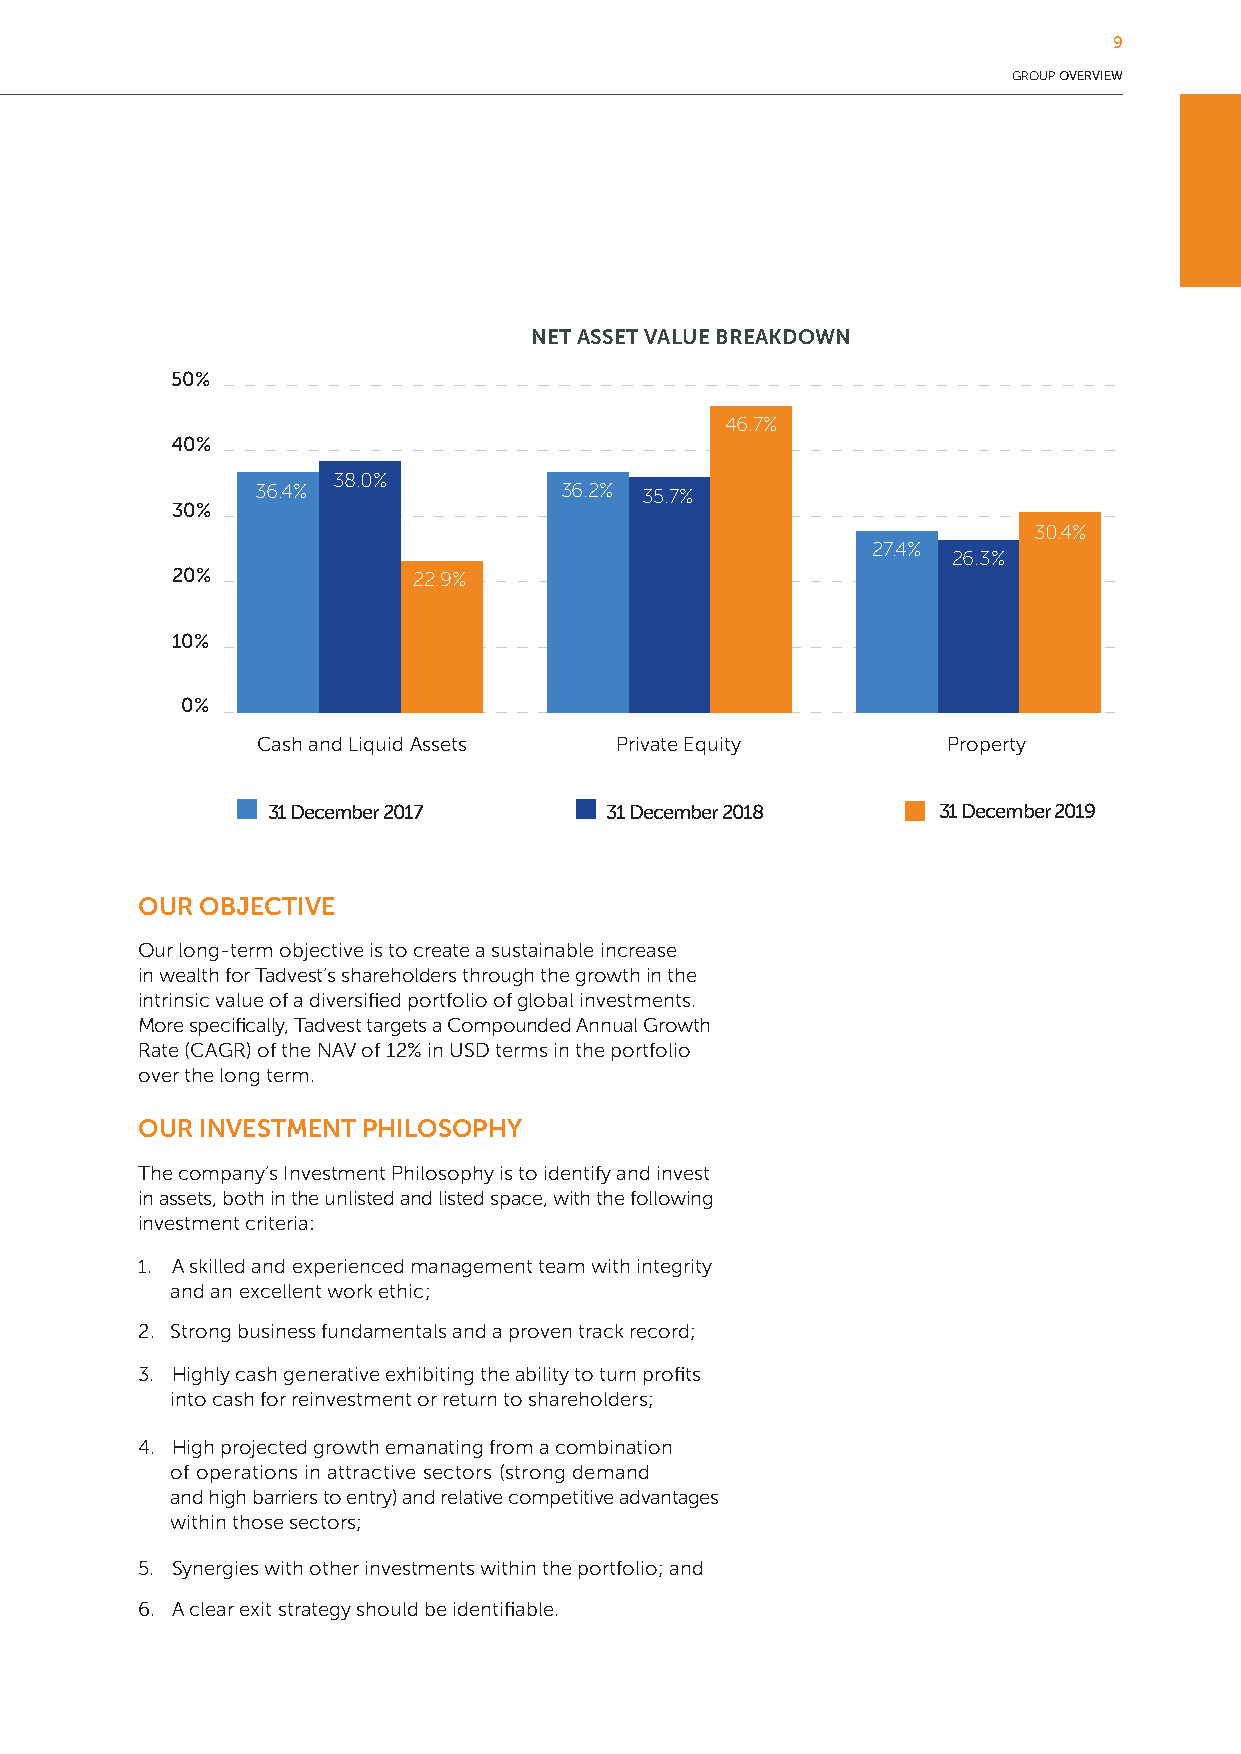
9
 GROUP OVERVIEW
 NET ASSET VALUE BREAKDOWN
 50%
 46.7%
 40%
 38.0%
 36.4%               36.2% 35.7%
 30%
 30.4%
 27.4%
 26.3%
 20%             22.9%
 10%
 0%
 Cash and Liquid Assets  Private Equity        Property
 31 December 2017      31 December 2018      31 December 2019
 OUR OBJECTIVE
 Our long-term objective is to create a sustainable increase
 in wealth for Tadvest’s shareholders through the growth in the
 intrinsic value of a diversified portfolio of global investments.
 More specifically, Tadvest targets a Compounded Annual Growth
 Rate (CAGR) of the NAV of 12% in USD terms in the portfolio
 over the long term.
 OUR INVESTMENT PHILOSOPHY
 The company’s Investment Philosophy is to identify and invest
 in assets, both in the unlisted and listed space, with the following
 investment criteria:
 1. A skilled and experienced management team with integrity
 and an excellent work ethic;
 2. Strong business fundamentals and a proven track record;
 3. Highly cash generative exhibiting the ability to turn profits
 into cash for reinvestment or return to shareholders;
 4. High projected growth emanating from a combination
 of operations in attractive sectors (strong demand
 and high barriers to entry) and relative competitive advantages
 within those sectors;
 5. Synergies with other investments within the portfolio; and
 6. A clear exit strategy should be identifiable.